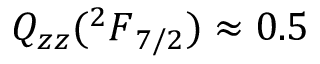
Q _ { z z } ( { ^ 2 F } _ { 7 / 2 } ) \approx 0 . 5